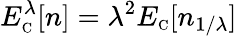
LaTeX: E_{\scriptscriptstyle\mathrm{C}}^{\lambda}[n]=\lambda^{2}E_{\scriptscriptstyle\mathrm{C}}[n_{1/\lambda}]